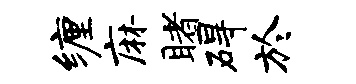
缠麻睹碍於